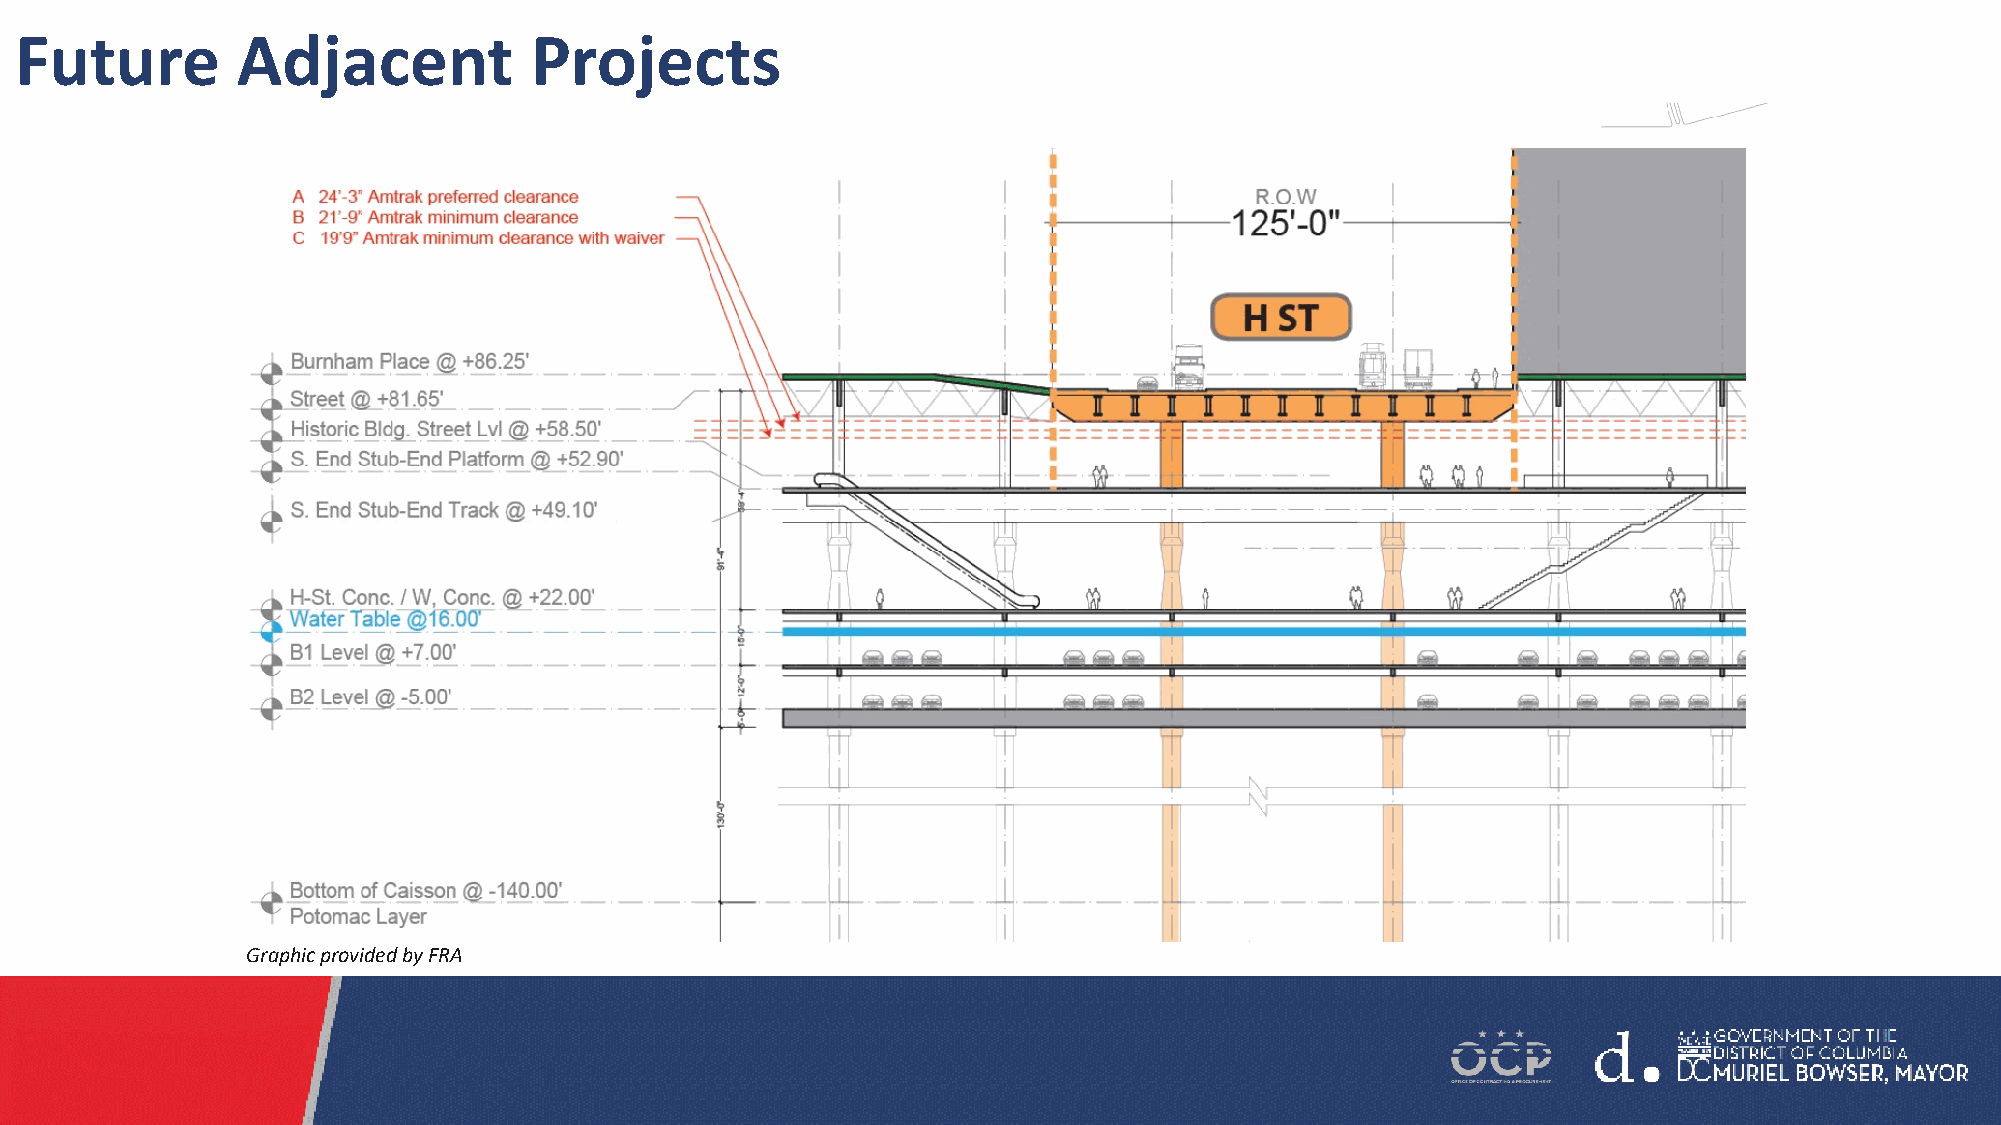
Future         Adjacent           Projects
 Graphic provided by FRA